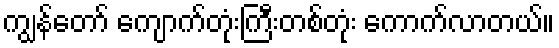
ကျွန်တော် ကျောက်တုံးကြီးတစ်တုံး ကောက်လာတယ်။